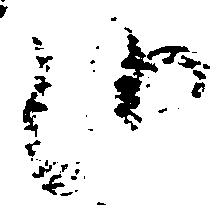
候